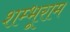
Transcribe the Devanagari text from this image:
शम्भूराम